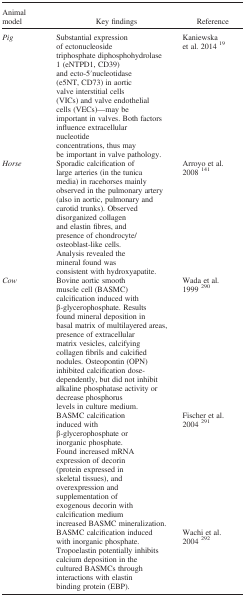
| Animal model | Key findings | Reference |
 | --- | --- | --- |
 | Pig | Substantial expression of ectonucleoside triphosphate diphosphohydrolase 1 (eNTPD1, CD39) and ecto‐5′nucleotidase (e5NT, CD73) in aortic valve interstitial cells (VICs) and valve endothelial cells (VECs)—may be important in valves. Both factors influence extracellular nucleotideconcentrations, thus may be important in valve pathology. | Kaniewska et al. 2014 19 |
 | Horse | Sporadic calcification of large arteries (in the tunica media) in racehorses mainly observed in the pulmonary artery (also in aortic, pulmonary and carotid trunks). Observed disorganized collagen and elastin fibres, and presence of chondrocyte/osteoblast‐like cells. Analysis revealed the mineral found was consistent with hydroxyapatite. | Arroyo et al. 2008 141 |
 | <ROWSPAN=3> Cow | Bovine aortic smooth muscle cell (BASMC) calcification induced with β‐glycerophosphate. Results found mineral deposition in basal matrix of multilayered areas, presence of extracellular matrix vesicles, calcifying collagen fibrils and calcified nodules. Osteopontin (OPN) inhibited calcification dose‐dependently, but did not inhibit alkaline phosphatase activity or decrease phosphorus levels in culture medium. | Wada et al. 1999 290 |
 | BASMC calcification induced with β‐glycerophosphate or inorganic phosphate. Found increased mRNA expression of decorin (protein expressed in skeletal tissues), and overexpression and supplementation of exogenous decorin with calcification medium increased BASMC mineralization. | Fischer et al. 2004 291 |
 | BASMC calcification induced with inorganic phosphate. Tropoelastin potentially inhibits calcium deposition in the cultured BASMCs through interactions with elastin binding protein (EBP). | Wachi et al. 2004 292 |